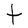
Character: t